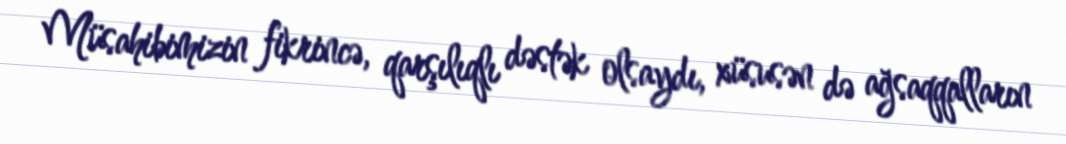
Müsahibimizin fikrincə, qarşılıqlı dəstək olsaydı, xüsusən də ağsaqqalların